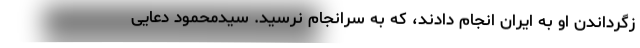
زگرداندن او به ایران انجام دادند، که به سرانجام نرسید. سیدمحمود دعایی